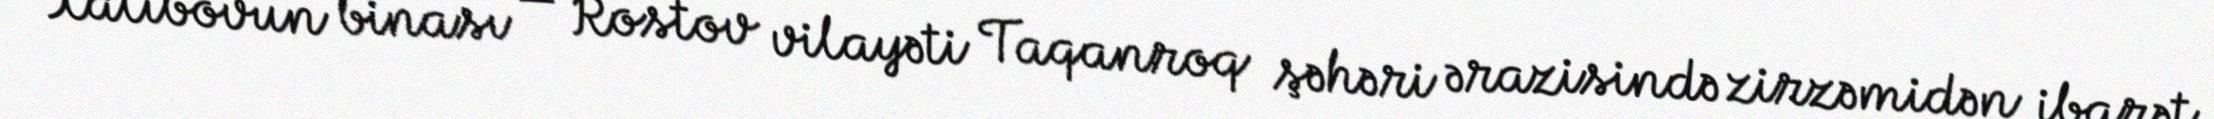
Xalibovun binası — Rostov vilayəti Taqanroq şəhəri ərazisində zirzəmidən ibarət